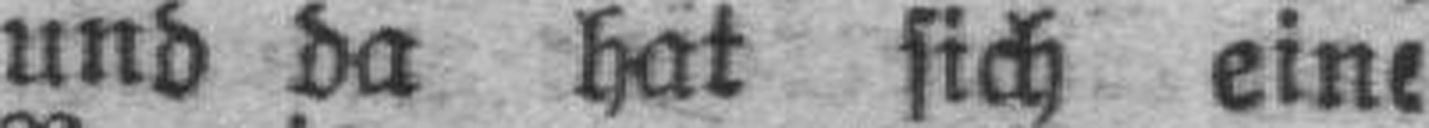
und da hat sich eine